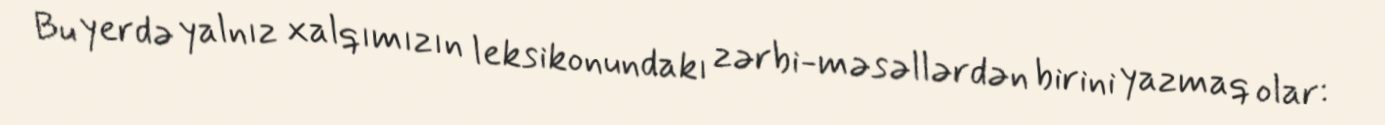
Bu yerdə yalnız xalqımızın leksikonundakı zərbi-məsəllərdən birini yazmaq olar: